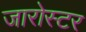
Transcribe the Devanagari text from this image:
जारोस्टर